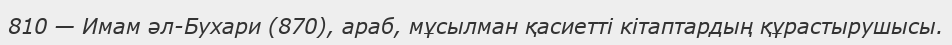
810 — Имам әл-Бухари (870), араб, мұсылман қасиеттi кiтаптардың құрастырушысы.